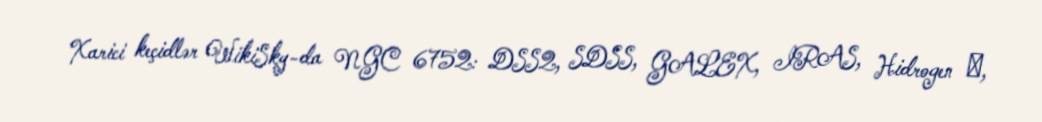
Xarici keçidlər WikiSky-da NGC 6752: DSS2, SDSS, GALEX, IRAS, Hidrogen α,